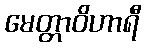
မေတ္တာဝိဟာရီ